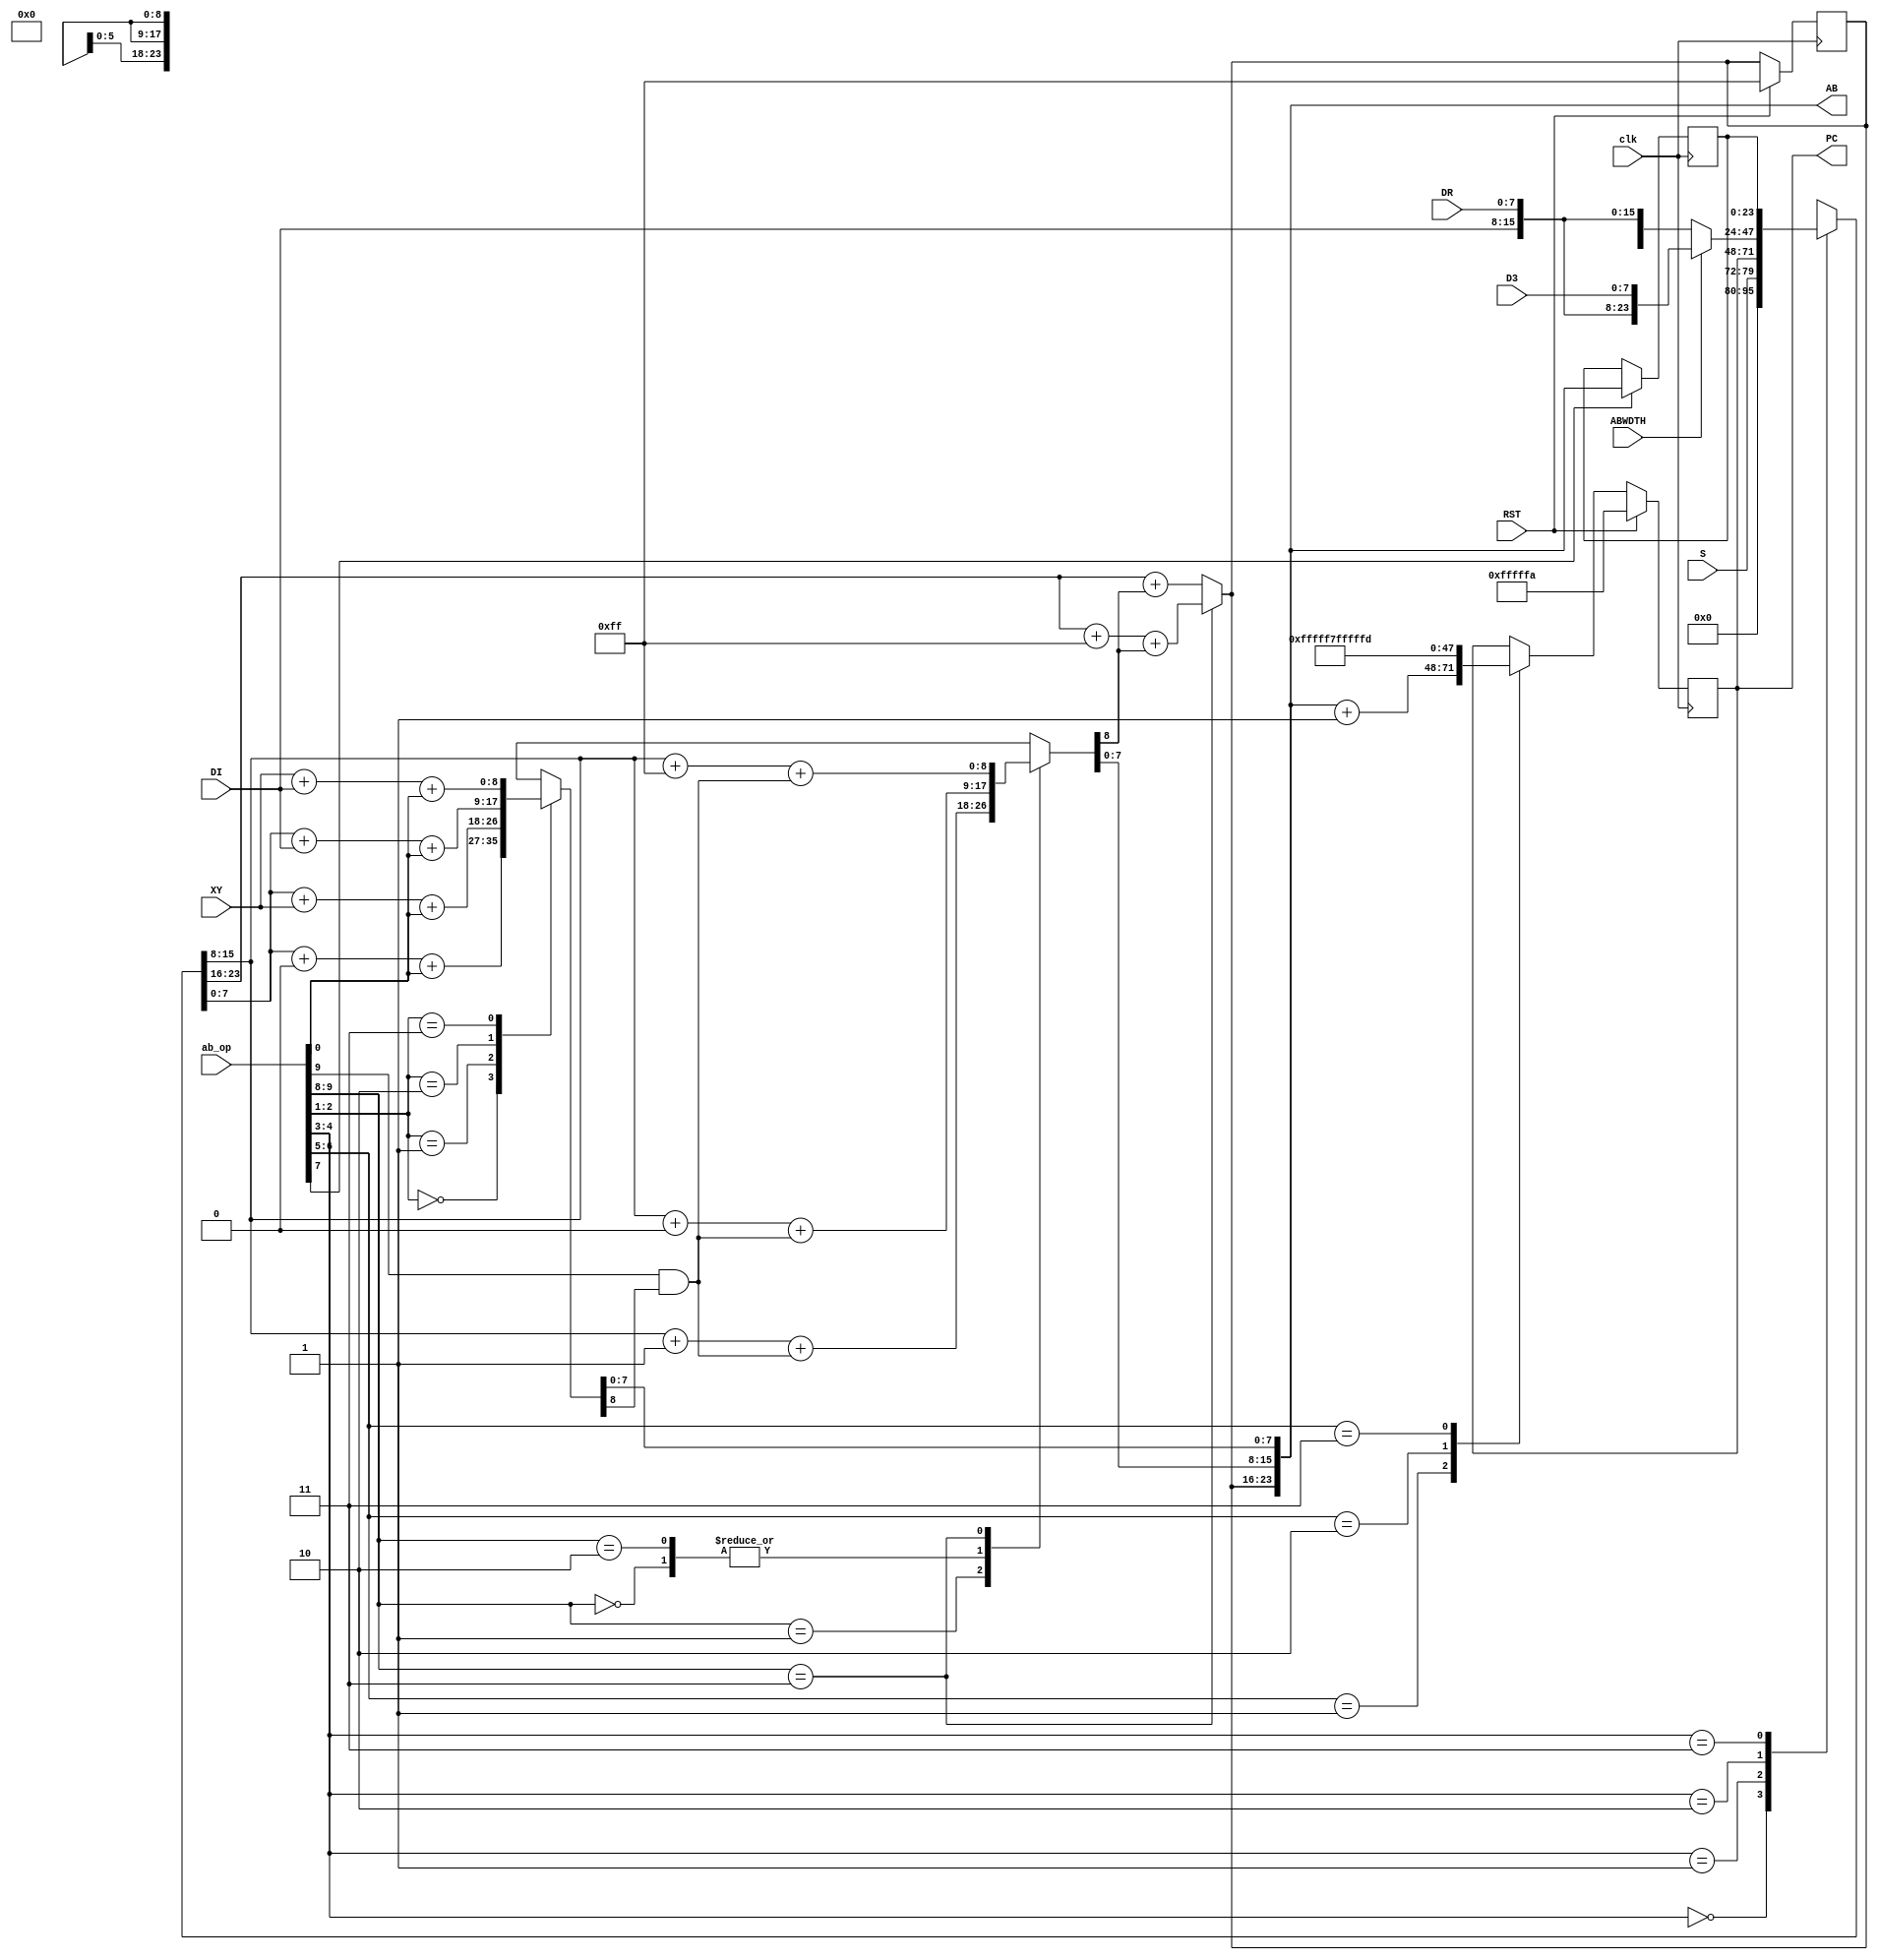
module ab(
    input clk,
    input RST,
    input [9:0] ab_op,          // ab_op = bus_op[9:0]
    input [7:0] S,
    input [7:0] DI,
    input [7:0] DR,
    input [7:0] D3,
    input [7:0] XY,
    input ABWDTH,                  // address bus width = AB16 or AB24
    output [23:0] AB,
    output reg [23:0] PC );

reg [7:0] AB3;
reg [7:0] ABH;
reg [7:0] ABL;
assign AB = { AB3, ABH, ABL };

/* 
 * ab_hold stores a copy of current address to be used
 * later.
 */
reg [23:0] ab_hold;

always @(posedge clk)
    if( ab_op[7] )                  // h 1'b
        ab_hold = AB;

/*
 * update program counter
 */
always @(posedge clk)
    if( RST ) begin
        PC <= 24'hfffffa;
        AB3 = 8'hff;
    end
    else case( ab_op[6:5] )         // PC 2'b
        2'b01: PC <= AB + 1'b1;
        2'b10: PC <= 24'hfffff7;
        2'b11: PC <= 24'hfffffd;
      default:; // for completeness
    endcase

/*
 * determine base address
 */
reg [23:0] base;

always @* begin
    case( ab_op[4:3] )              // BS 2'b
       2'b00: base = {8'h00, 8'h00, S};
       2'b01: base = PC;
       2'b10: if (ABWDTH == 1'b1) base = {DI, DR, D3};
              else base = {8'h00, DI, DR};
       2'b11: base = ab_hold;
    endcase
//$display("BASE:%0h ABW:%b DI:%0h DR:%0h D3:%0h OP:%b", base, ABWDTH, DI, DR, D3, ab_op[4:3]);
end

/*
 * add offset to the base address. We split the address into
 * two separate bytes, because sometimes the address should
 * wrap within the page, so we can't always let the carry 
 * go through.
 */

wire abl_ci = ab_op[0];     // carry input from operation
reg abl_co;                 // carry output from low byte (7:0)
reg abh_co;                 // carry output from high byte (15:8)

always @* begin
    case( ab_op[2:1] )              // +X 2'b
        2'b00: {abl_co, ABL} = base[7:0] + 00 + abl_ci;
        2'b01: {abl_co, ABL} = base[7:0] + XY + abl_ci;
        2'b10: {abl_co, ABL} = base[7:0] + DI + abl_ci;
        2'b11: {abl_co, ABL} = XY        + DI + abl_ci;
    endcase
//if (ab_op[2:1] == 2'b00) $display("+00 AB:%0h base:%0h X:%0h C:%b ABW:%b", AB, base, XY, abl_ci, ABWDTH);
//if (ab_op[2:1] == 2'b01) $display("+XY AB:%0h base:%0h X:%0h C:%b ABW:%b", AB, base, XY, abl_ci, ABWDTH);
//if (ab_op[2:1] == 2'b11) $display("+ZP AB(L):%3h XY:%3h DI:%1h C:%b ABW:%b", AB, XY, DI, abl_ci, ABWDTH);
//$display("ABL:%h", ABL);
end

/*
 * carry input for high byte 
 */
wire abh_ci = ab_op[9] & abl_co;    // + in +H 2'b

/* 
 * calculate address high byte
 */
always @* begin
    case( ab_op[9:8] )              // +H 2'b
        2'b00: {abh_co, ABH} = base[15:8] + 8'h00 + abh_ci;   // ci = 0
        2'b01: {abh_co, ABH} = base[15:8] + 8'h01 + abh_ci;   // ci = 0
        2'b10: {abh_co, ABH} = base[15:8] + 8'h00 + abh_ci;   // ci = abl_ci
        2'b11: {abh_co, ABH} = base[15:8] + 8'hff + abh_ci;   // ci = abl_ci
    endcase
//if (ab_op[2:1] == 2'b11) $display("+ZP AB(H):%3h C:%b ABW:%b", AB, abh_ci, ABWDTH);
//$display("ABH:%h", ABH);
end

/* 
 * calculate 3rd address byte
 */
always @* begin
    case( ab_op[9:8] )              // +H 2'b
        2'b11: AB3 = base[23:16] + 8'hff + abh_co;  // BACK
        default: AB3 = base[23:16] + abh_co;        // FORWARD
    endcase    
//$display("AB3:%h", AB3);
end

endmodule